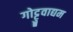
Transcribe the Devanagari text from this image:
गोट्टुवाद्यम